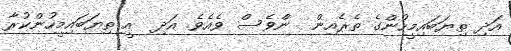
އަދި ތިޔަބައިމީހުންގެ ތެރެއިން  ންވެސް ވެއެވެ. އަދި  އީ ތިޔަބައިމީހުންކުރާ